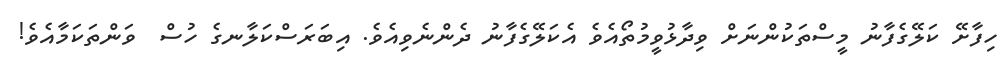
ހިފާށޭ ކަލޭގެފާނު މީސްތަކުންނަށް ވިދާޅުވީމުތޯއެވެ އެކަލޭގެފާނު ދެންނެވިއެވެ. އިބަރަސްކަލާނގެ ހުސް  ވަންތަކަމާއެވެ!